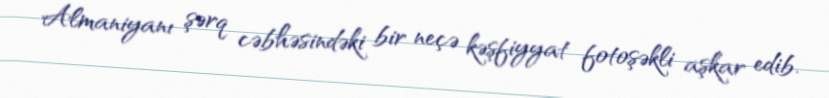
Almaniyanı şərq cəbhəsindəki bir neçə kəşfiyyat fotoşəkli aşkar edib.